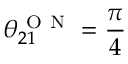
\theta _ { 2 1 } ^ { \mathrm { ~ O ~ N ~ } } = \frac { \pi } { 4 }